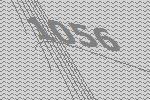
1056